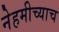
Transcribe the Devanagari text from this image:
नेहमीच्याच